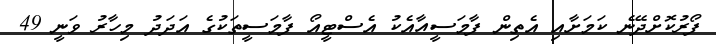
ފޯރުކޮށްދޭނެ ކަމަށާއި އެތިން ފާމަސީއާއެކު އެސްޓީއޯ ފާމަސީތަކުގެ އަދަދު މިހާރު ވަނީ 49